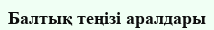
Балтық теңізі аралдары